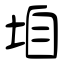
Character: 垍